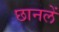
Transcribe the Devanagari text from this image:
छानलें